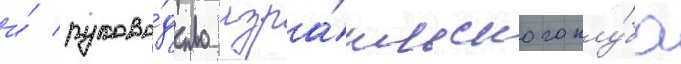
и́ руково́дство изра́ильского клу́ба